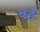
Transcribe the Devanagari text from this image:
बहें